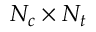
N _ { c } \times N _ { t }